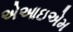
એઆઇએમ